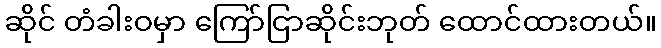
ဆိုင် တံခါးဝမှာ ကြော်ငြာဆိုင်းဘုတ် ထောင်ထားတယ်။